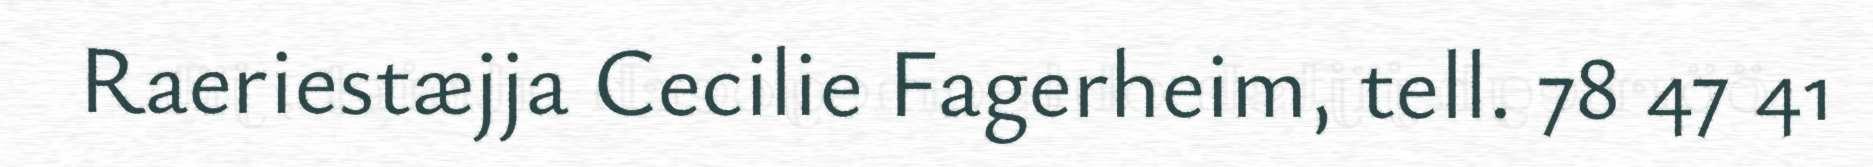
Raeriestæjja Cecilie Fagerheim, tell. 78 47 41